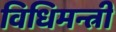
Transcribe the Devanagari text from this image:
विधिमन्त्री